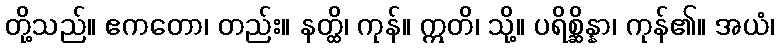
တို့သည်။ ဧကတော၊ တည်း။ နတ္ထိ၊ ကုန်။ ဣတိ၊ သို့။ ပရိစ္ဆိန္နာ၊ ကုန်၏။ အယံ၊